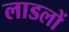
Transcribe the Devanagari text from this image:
लाडलों